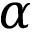
\alpha ^ { \th }